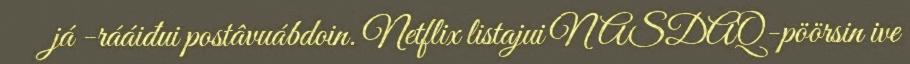
já -rááiđui postâvuábdoin. Netflix listajui NASDAQ-pöörsin ive